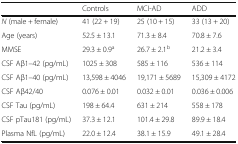
|  | Controls | MCI-AD | ADD |
 | --- | --- | --- | --- |
 | N (male + female) | 41 (22 + 19) | 25 (10 + 15) | 33 (13 + 20) |
 | Age (years) | 52.5 ± 13.1 | 71.3 ± 8.4 | 70.8 ± 7.6 |
 | MMSE | 29.3 ± 0.9a | 26.7 ± 2.1b | 21.2 ± 3.4 |
 | CSF Aβ1–42 (pg/mL) | 1025 ± 308 | 585 ± 116 | 536 ± 114 |
 | CSF Aβ1–40 (pg/mL) | 13,598 ± 4046 | 19,171 ± 5689 | 15,309 ± 4172 |
 | CSF Aβ42/40 | 0.076 ± 0.01 | 0.032 ± 0.01 | 0.036 ± 0.006 |
 | CSF Tau (pg/mL) | 198 ± 64.4 | 631 ± 214 | 558 ± 178 |
 | CSF pTau181 (pg/mL) | 37.3 ± 12.1 | 101.4 ± 29.8 | 89.9 ± 18.4 |
 | Plasma NfL (pg/mL) | 22.0 ± 12.4 | 38.1 ± 15.9 | 49.1 ± 28.4 |